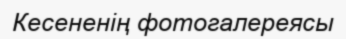
Кесененің фотогалереясы